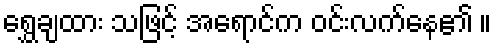
ရွှေချထား သဖြင့် အရောင်က ဝင်းလက်နေ၏ ။